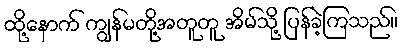
ထို့နောက် ကျွန်မတို့အတူတူ အိမ်သို့ ပြန်ခဲ့ကြသည်။